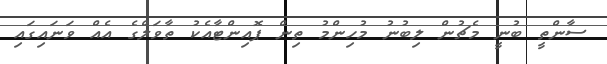
ސާންތީ ބުނީ މެޗުން ލިބުނު މުހިންމު ތިން ޕޮއިންޓާއެކު ތާވަލްގެ އެއް ވަނައިގައި